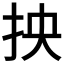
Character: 抰